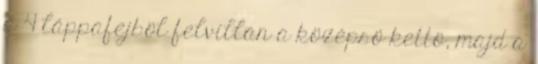
a 4 láppafejböl felvillan a középsö kettö, majd a